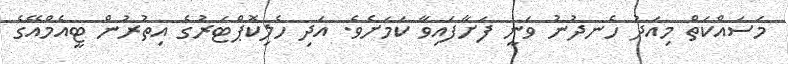
މަސައްކަތް މިއަދު ހެނދުނު ވަނީ ފަށާފައިވާ ކަމަށެވެ. އަދި ހެލިކޮޕްޓަރުގެ އިތުރުން ޓީއެމްއޭގެ